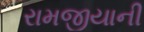
રામજીયાની